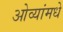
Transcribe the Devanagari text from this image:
ओव्यांमधे